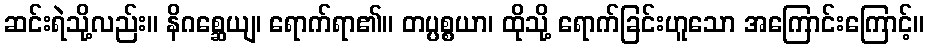
ဆင်းရဲသို့လည်း။ နိဂစ္ဆေယျ၊ ရောက်ရာ၏။ တပ္ပစ္စယာ၊ ထိုသို့ ရောက်ခြင်းဟူသော အကြောင်းကြောင့်။